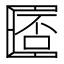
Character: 𠥧